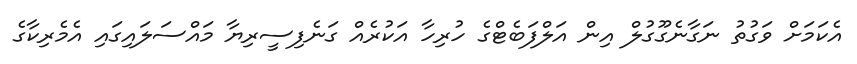
އެކަމަށް ވަގުތު ނަގާނެގޫގުލް އިން އަލްފަބެޓްގެ ހުރިހާ އަކުރެއް ގަނެފިސީރިޔާ މައްސަލައިގައި އެމެރިކާގެ